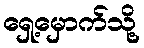
ရှေ့မှောက်သို့